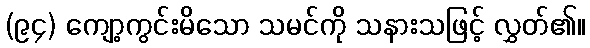
(၉၄) ကျော့ကွင်းမိသော သမင်ကို သနားသဖြင့် လွှတ်၏။